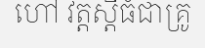
ហៅ វត្តស្តីធំជាគ្រូ